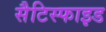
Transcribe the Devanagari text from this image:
सैटिस्फाइड